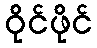
ဝိုင်ဖိုင်